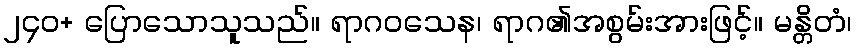
၂၄၀+ ပြောသောသူသည်။ ရာဂဝသေန၊ ရာဂ၏အစွမ်းအားဖြင့်။ မန္တိတံ၊